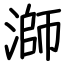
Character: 溮